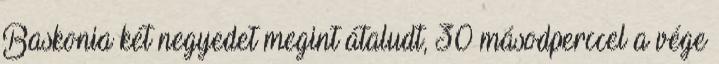
Baskonia két negyedet megint átaludt, 30 másodperccel a vége